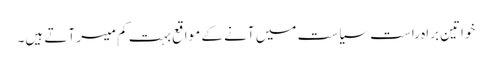
خواتین براہ راست سیاست میں آنے کے مواقع بہت کم میسر آتے ہیں۔